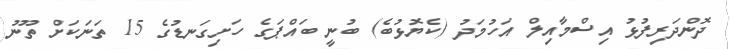
ދޮންދަރިފުޅު އިސްމާއިލް އަހުމަދު (ކެޔޮޅުބެ) ބުނީ ބައްޕަގެ ހަށިގަނޑުގެ 15 ތަނަކަށް ތޫނު